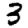
Digit: 3